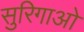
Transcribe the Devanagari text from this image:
सुरिगाओ